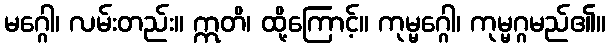
မဂ္ဂေါ၊ လမ်းတည်း။ ဣတိ၊ ထို့ကြောင့်။ ကုမ္မဂ္ဂေါ၊ ကုမ္မဂ္ဂမည်၏။